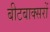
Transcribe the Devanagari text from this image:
बीटबाक्सरों